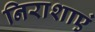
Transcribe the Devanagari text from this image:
निराशाएं